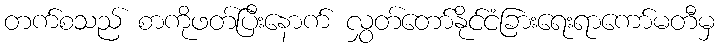
တက်စသည် စာကိုဖတ်ပြီးနောက် လွှတ်တော်နိုင်ငံခြားရေးရာကော်မတီမှ